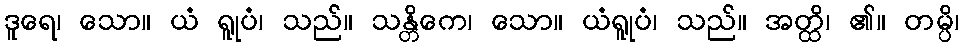
ဒူရေ၊ သော။ ယံ ရူုပံ၊ သည်။ သန္တိကေ၊ သော။ ယံရူုပံ၊ သည်။ အတ္ထိ၊ ၏။ တမ္ပိ၊